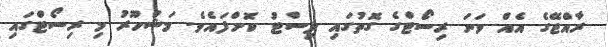
ރާއްޖޭގެ އެއް ވަނަ ރިސޯޓްގެ ގޮތުގައި ލިސްޓު ކޮށްފައެވެ. މަޝްހޫރު މި ރިސޯޓްގައި